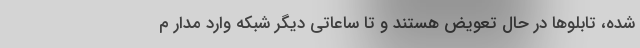
شده، تابلوها در حال تعویض هستند و تا ساعاتی دیگر شبکه وارد مدار م